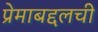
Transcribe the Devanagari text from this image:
प्रेमाबद्दलची